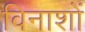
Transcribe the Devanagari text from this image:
विनाशों